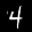
Label: 4